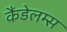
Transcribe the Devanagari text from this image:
कैंडेलम्स